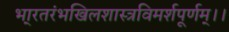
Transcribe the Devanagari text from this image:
भा्रतरंभखिलशास्त्रविमर्शपूर्णम्।।